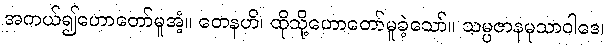
အကယ်၍ဟောတော်မူအံ့။ တေနဟိ၊ ထိုသို့ဟောတော်မူခဲ့သော်။ သမ္ပဇာနမုသာဝါဒေ၊